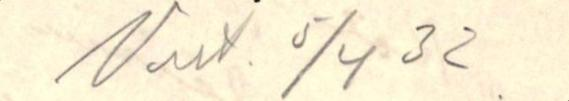
Vast. 5/4 32